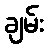
ချမ်း